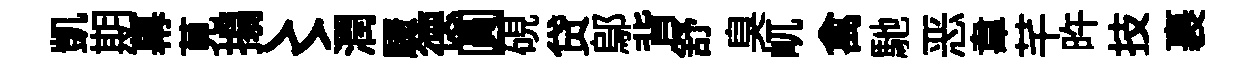
凱期幕莧搨〻潤驟德圓硯贷鄔背舒臭屼禽馳恶韋芊旿技裹